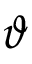
\vartheta